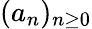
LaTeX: (a_{n})_{n\geq 0}